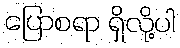
ပြောစရာ ရှိလို့ပါ